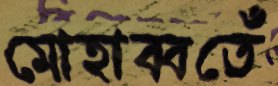
মোহাব্বতেঁ